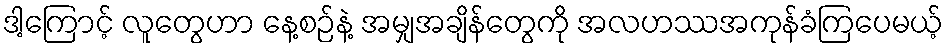
ဒါ့ကြောင့် လူတွေဟာ နေ့စဉ်နဲ့ အမျှအချိန်တွေကို အလဟဿအကုန်ခံကြပေမယ့်